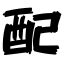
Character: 配